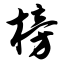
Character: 榜